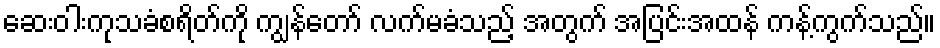
ဆေးဝါးကုသခံစရိတ်ကို ကျွန်တော် လက်မခံသည့် အတွက် အပြင်းအထန် ကန့်ကွက်သည်။